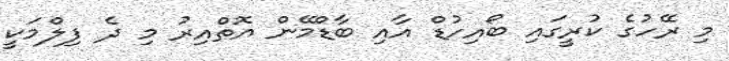
މި ރޭހުގެ ކުރީގައި ބޯއިހުޑް އާއި ބާޑްމޭން އޮތްއިރު މި ދެ ފިލްމަކީ